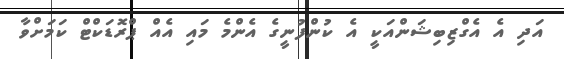
އަދި އެ އެގްޒިބިޝަންއަކީ އެ ކުންފުނީގެ އެންމެ މައި އެއް ޕްރޮޑަކްޓް ކަމަށްވާ